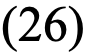
(26)